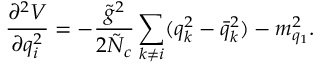
\frac { \partial ^ { 2 } V } { \partial q _ { i } ^ { 2 } } = - \frac { \tilde { g } ^ { 2 } } { 2 \tilde { N } _ { c } } \sum _ { k \neq i } ( q _ { k } ^ { 2 } - \bar { q } _ { k } ^ { 2 } ) - m _ { q _ { 1 } } ^ { 2 } .